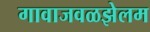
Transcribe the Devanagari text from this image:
गावाजवळझेलम